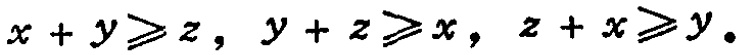
$x + y\geqslant z,\ y + z\geqslant x,\ z + x\geqslant y。$